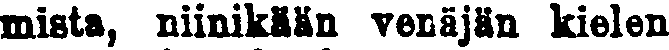
mista, niinikään venäjän kielen